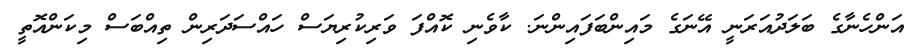
އަންހެނާގެ ބަލަދުއަރަނީ އޭނަގެ މައިންބަފައިންނަ. ކާވެނި ކޮއްފަ ވަރިކުރިޔަސް ހައްސަދަރިން ތިއްބަސް މިކަންއޮތީ